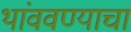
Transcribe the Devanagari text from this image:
थांववण्याचा